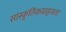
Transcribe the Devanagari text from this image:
सांस्कृतिकग्राहृयता